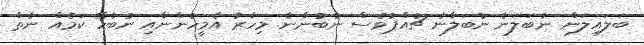
ބަލައިލަަން. ނުބަލަނެ ނުބަލާނެ ޗުއްޕުވެސް ނުބުނާނެ. މިހާރު އެމީހުންނާއި ނުބެހޭ ކަމެއް ނެތް